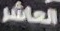
العاشر